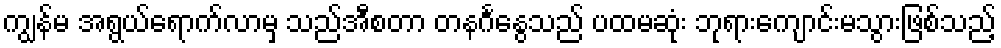
ကျွန်မ အရွယ်ရောက်လာမှ သည်အီစတာ တနင်္ဂနွေသည် ပထမဆုံး ဘုရားကျောင်းမသွားဖြစ်သည့်